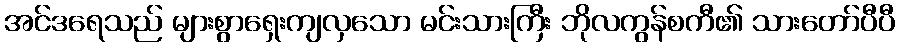
အင်ဒရေသည် များစွာရှေးကျလှသော မင်းသားကြီး ဘိုလကွန်စကီ၏ သားတော်ပီပီ